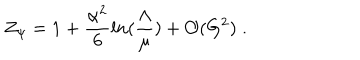
LaTeX: Z _ { \psi } = 1 + \frac { \alpha ^ { 2 } } { 6 } l n ( \frac { \Lambda } { \mu } ) + { \cal O } ( G ^ { 2 } ) \; .